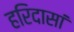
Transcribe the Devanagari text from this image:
हरिदासां